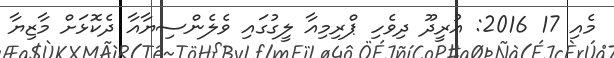
މެއި 17 2016: އުރީދޫ ދިވެހި ޕްރިމިއާ ލީގުގައި ވެލެންސިޔާއާ ދެކޮޅަށް މާޒިޔާ